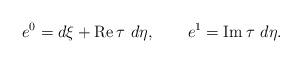
LaTeX: \begin{align*}e^0=d\xi+{\rm Re}\,\tau \,\,d\eta,\quad\quad e^1={\rm Im}\,\tau\,\,d\eta.\end{align*}